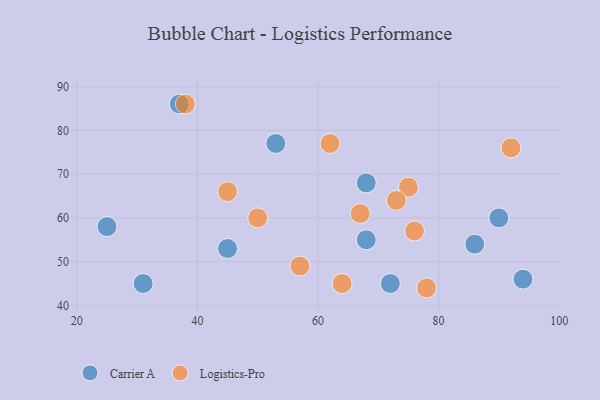
{"axis": {"x": "GDP", "y": "Life Expectancy"}, "legend": ["Carrier A", "Logistics-Pro"], "data": [{"x": "45", "y": 53, "type": "Carrier A"}, {"x": "86", "y": 54, "type": "Carrier A"}, {"x": "68", "y": 55, "type": "Carrier A"}, {"x": "68", "y": 68, "type": "Carrier A"}, {"x": "72", "y": 45, "type": "Carrier A"}, {"x": "25", "y": 58, "type": "Carrier A"}, {"x": "94", "y": 46, "type": "Carrier A"}, {"x": "53", "y": 77, "type": "Carrier A"}, {"x": "31", "y": 45, "type": "Carrier A"}, {"x": "90", "y": 60, "type": "Carrier A"}, {"x": "37", "y": 86, "type": "Carrier A"}, {"x": "92", "y": 76, "type": "Logistics-Pro"}, {"x": "75", "y": 67, "type": "Logistics-Pro"}, {"x": "67", "y": 61, "type": "Logistics-Pro"}, {"x": "76", "y": 57, "type": "Logistics-Pro"}, {"x": "73", "y": 64, "type": "Logistics-Pro"}, {"x": "50", "y": 60, "type": "Logistics-Pro"}, {"x": "62", "y": 77, "type": "Logistics-Pro"}, {"x": "45", "y": 66, "type": "Logistics-Pro"}, {"x": "57", "y": 49, "type": "Logistics-Pro"}, {"x": "38", "y": 86, "type": "Logistics-Pro"}, {"x": "78", "y": 44, "type": "Logistics-Pro"}, {"x": "64", "y": 45, "type": "Logistics-Pro"}]}